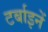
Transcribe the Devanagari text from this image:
टर्बाइनें